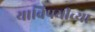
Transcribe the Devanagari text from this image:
याविषयीच्या